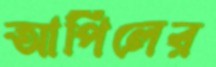
আপিলের